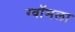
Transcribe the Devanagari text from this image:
ग्वॉमला